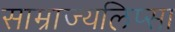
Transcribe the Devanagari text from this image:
साम्राज्यलिप्सा